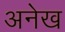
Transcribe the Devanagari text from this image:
अनेख